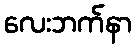
လေးဘက်နာ